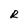
Character: R